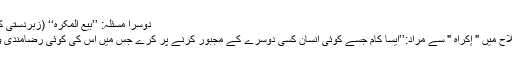
دوسرا مسئلہ: ’’بیع المُکرَہ‘‘ (زبردستی کی بیع) کا حکم
فقہاء کی اصطلاح میں " إکراہ " سے مراد:’’ایسا کام جسے کوئی انسان کسی دوسرے کے مجبور کرنے پر کرے جس میں اس کی کوئی رضامندی و اختیارنہ ہو‘‘۔